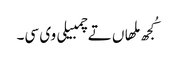
کُجھ ملھاں تے چمبیلی وی سی۔